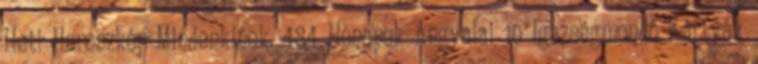
Heti Horoszkóp Mindenkinek. 484 Hónapok Angyalai 10 Igazságmondó Kártyák